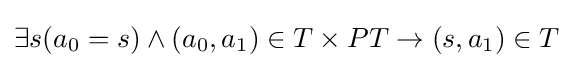
\exists s(a_{0}=s)\land (a_{0},a_{1})\in T\times PT\rightarrow (s,a_{1})\in T